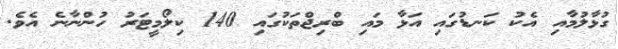
ގުޅާލުމާއި އެކު ކަނޑުގައި އަޅާ މައި ބްރިޖްތަކުގައި 140 ކިލޯމީޓަރު ހުންނާނެ އެވެ.